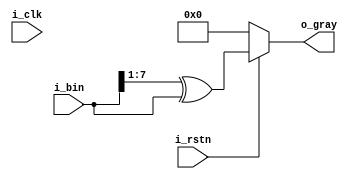
module bin_to_gray
#(
	parameter	NBIT	= 8								//input data size
)(
	output reg	[NBIT-1 : 0]	o_gray,
	input		[NBIT-1 : 0]	i_bin,
	input						i_clk,
	input						i_rstn
);

	always @(*) begin
		if(!i_rstn) begin
			o_gray <= 0;								//RESET
		end else begin
			o_gray <= (i_bin >> 1) ^ i_bin;
		end
	end

endmodule